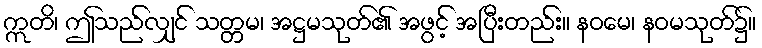
ဣတိ၊ ဤသည်လျှင် သတ္တမ၊ အဋ္ဌမသုတ်၏ အဖွင့် အပြီးတည်း။ နဝမေ၊ နဝမသုတ်၌။